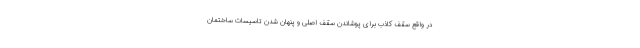
در واقع سقف کاذب برای پوشاندن سقف اصلی و پنهان شدن تاسیسات ساختمان